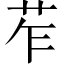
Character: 苲